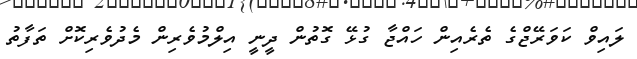
ލައިވް ކަވަރޭޖްގެ ތެރެއިން ހައްޖާ ގުޅޭ ގޮތުން ދީނީ އިލްމުވެރިން މެދުވެރިކޮށް ތަފާތު